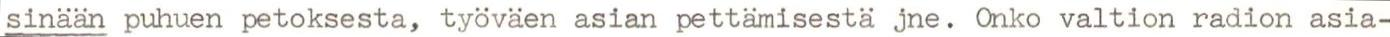
sinään puhuen petoksesta, työväen asian pettämisestä jne. Onko valtion radion asia-